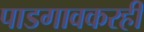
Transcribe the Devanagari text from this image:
पाडगावकरही